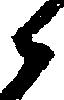
候